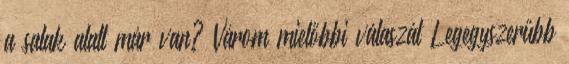
a salak alatt már van? Várom mielőbbi válaszát Legegyszerűbb